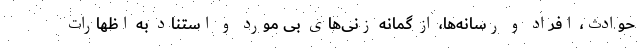
حوادث، افراد و رسانه‌ها، از گمانه زنی‌های بی مورد و استناد به اظهارات